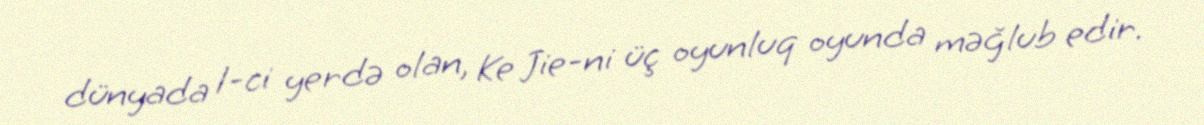
dünyada 1-ci yerdə olan, Ke Jie-ni üç oyunluq oyunda məğlub edir.